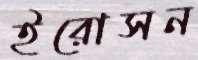
ইরোসন